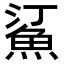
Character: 𬵋